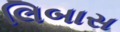
લિબાસ